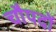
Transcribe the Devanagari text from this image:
चौपदों